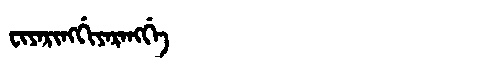
Manchu: ᠸᡳᠶᠠᡵᡳᠩᡤᡳᠶᠠᡵᠠᠩᡤᡝ
Romanization: FIYARINGGIYARANGGE